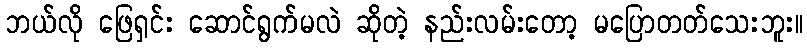
ဘယ်လို ဖြေရှင်း ဆောင်ရွက်မလဲ ဆိုတဲ့ နည်းလမ်းတော့ မပြောတတ်သေးဘူး။